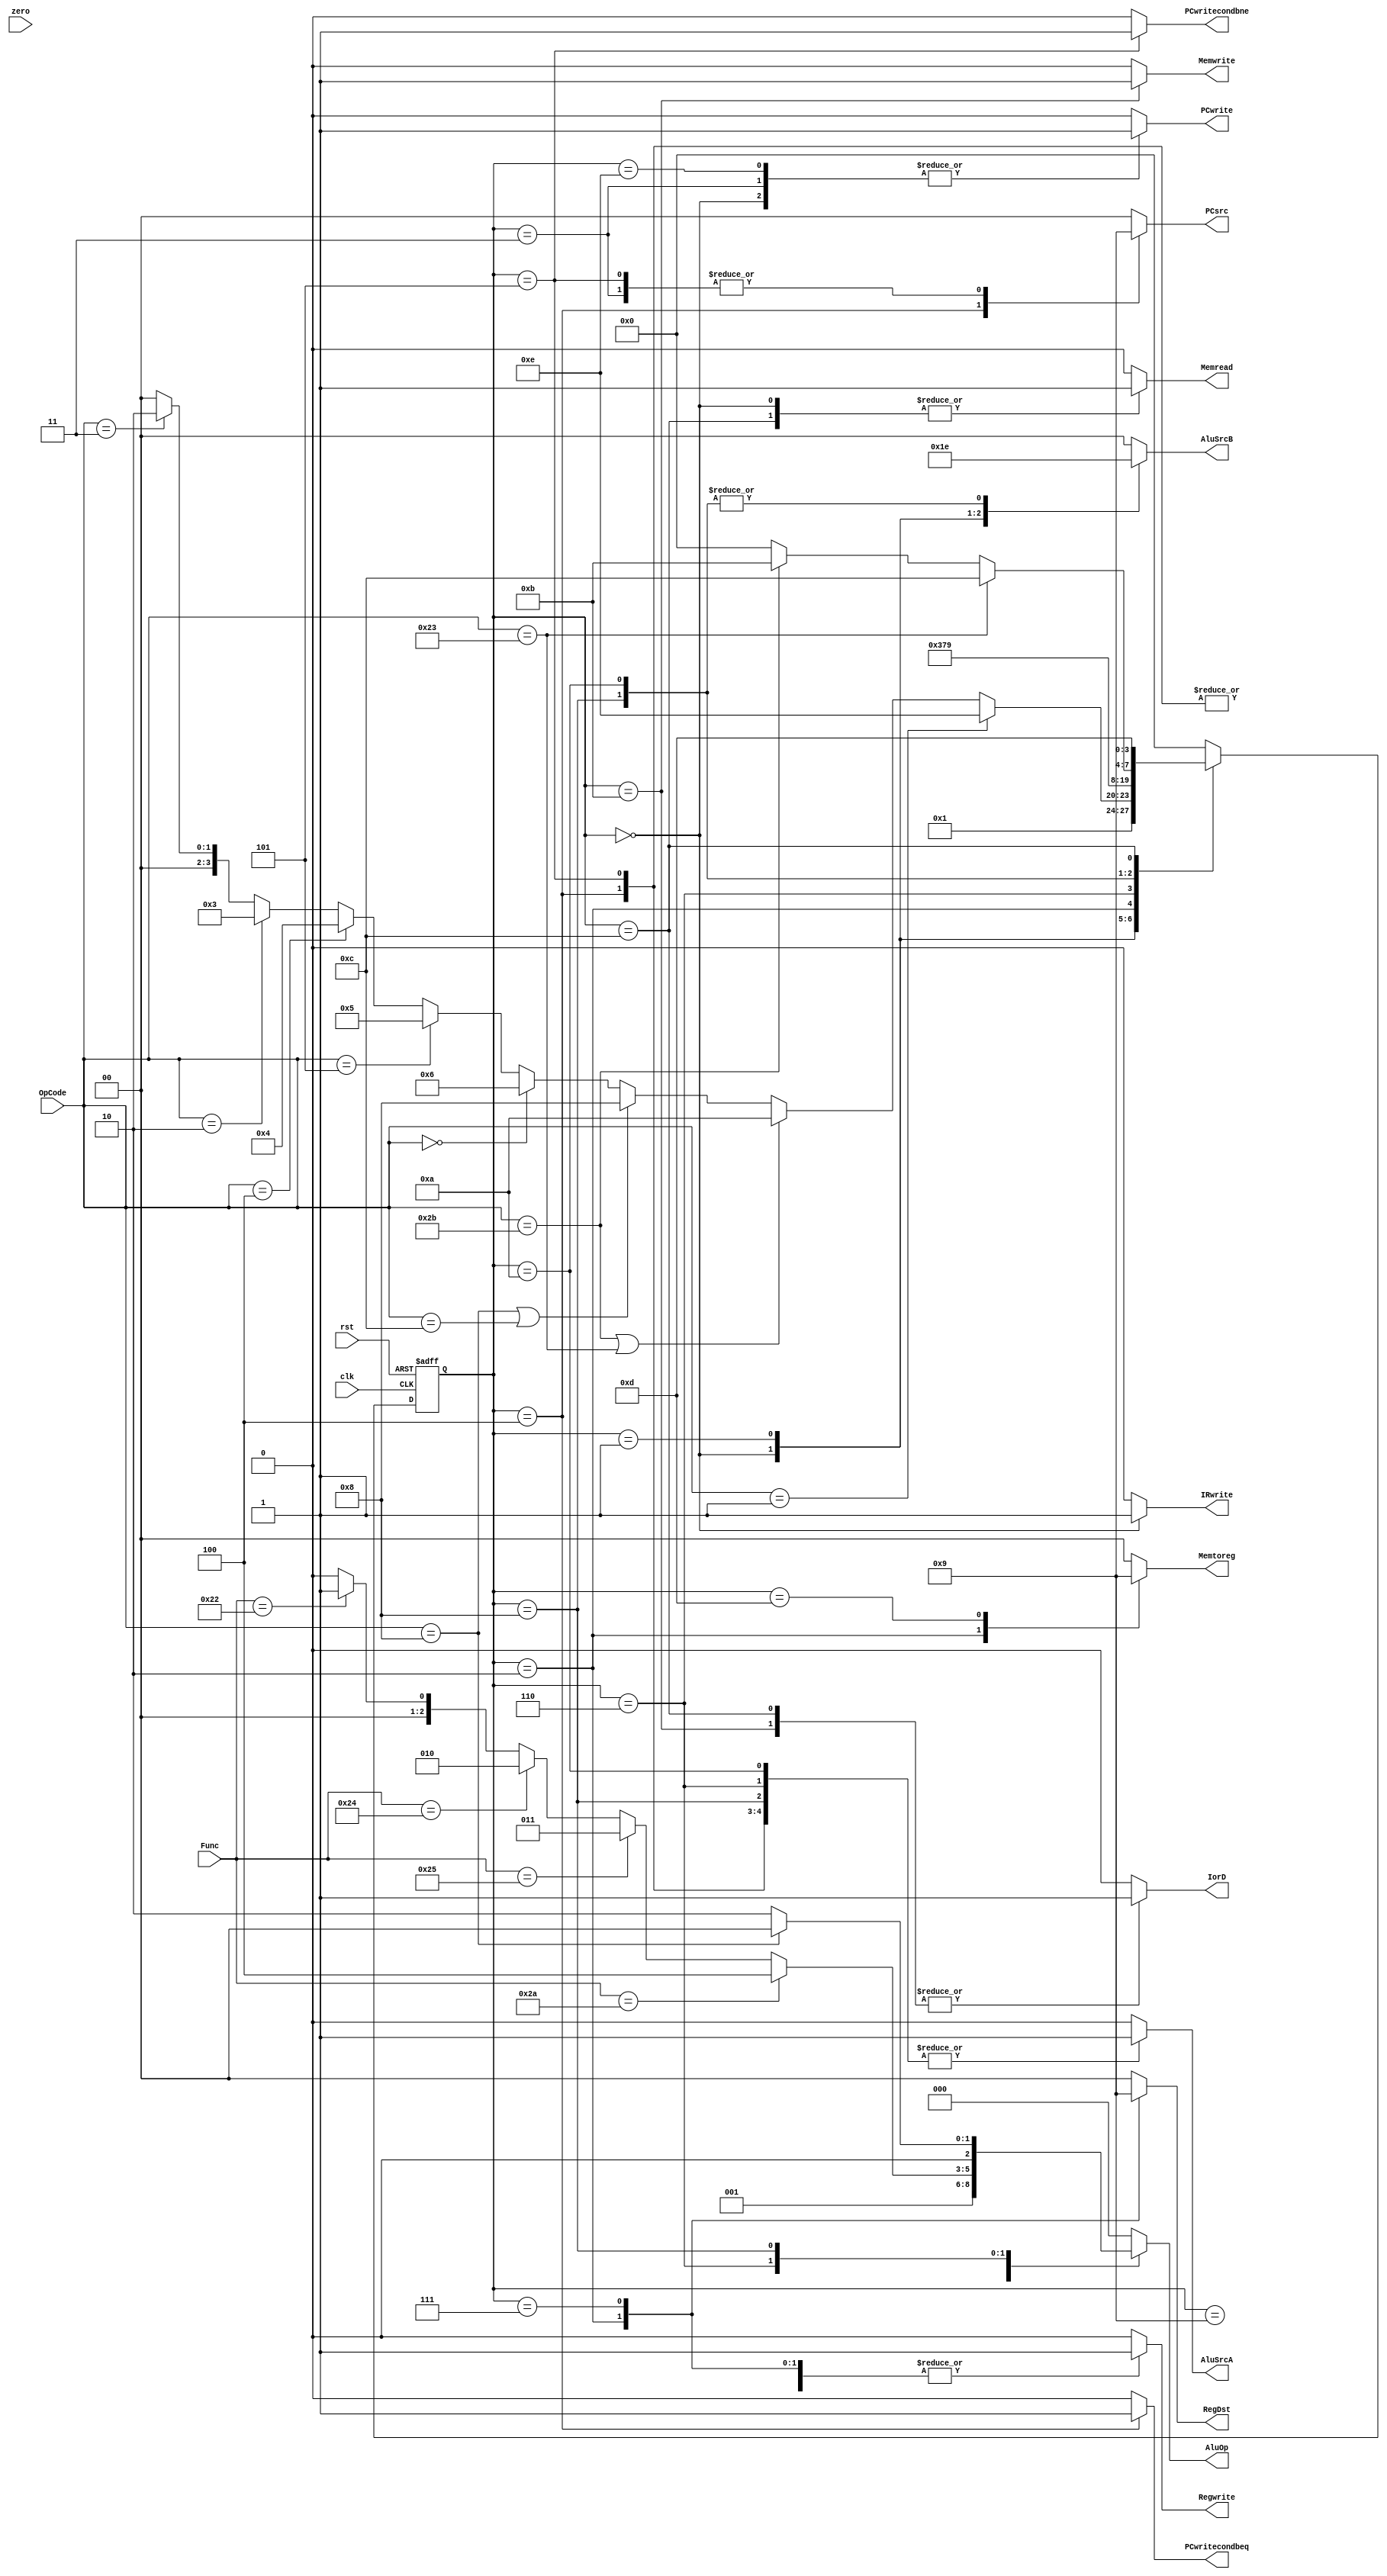
module controller(input[5:0] OpCode, Func, input clk, rst, zero, output reg[2:0] AluOp, output reg IorD, Memread, Memwrite, PCwritecondbeq, PCwritecondbne, IRwrite, AluSrcA, PCwrite, Regwrite,
                  output reg[1:0] AluSrcB, PCsrc, RegDst, Memtoreg);
  
  reg[3:0] ps, ns;
  always@(ps)begin
    ns = 4'b0;
    {AluOp, IorD, Memread, Memwrite, IRwrite, AluSrcA, PCwrite, Regwrite, AluSrcB, PCsrc, RegDst, Memtoreg, PCwritecondbeq, PCwritecondbne} = 20'b0;
    case(ps)
      /*IF*/
      4'b0000: begin
        ns = 4'b0001;
        {IorD, Memread, IRwrite, AluSrcA, AluSrcB, PCwrite, PCsrc, AluOp} = 12'b011001100000;
      end
      /*ID*/
      4'b0001: begin
        if(OpCode==6'b000011) ns = 4'b0010;
        if(OpCode==6'b000010) ns = 4'b0011;
        if(OpCode==6'b000100) ns = 4'b0100;
        if(OpCode==6'b000101) ns = 4'b0101;
        if(OpCode==6'b000000) ns = 4'b0110;
        if((OpCode==6'b001000) || (OpCode==6'b001100)) ns = 4'b1000;
        if((OpCode==6'b101011) || (OpCode==6'b100011)) ns = 4'b1010;
        if(OpCode==6'b000001) ns = 4'b1110;
        {AluSrcA, AluSrcB, AluOp} = 6'b011000;
      end 
      /*JAL*/
      4'b0010: begin
        {Regwrite, RegDst, Memtoreg} = 5'b11010;
        ns = 4'b0011;
      end
      /*J*/
      4'b0011: begin
        {PCwrite, PCsrc} = 3'b101;
        ns = 4'b0000;
      end
      /*BEQ*/
      4'b0100: begin
        {AluSrcA, AluSrcB, AluOp, PCsrc} = 8'b10000110;
        PCwritecondbeq = 1;
        ns = 4'b0000;
      end
      /*BNE*/
      4'b0101:begin
        {AluSrcA, AluSrcB, AluOp, PCsrc} = 8'b10000101;
        PCwritecondbne = 1;
        ns = 4'b0000;
      end
      /*R-Type Instructions*/
      4'b0110: begin
        {AluSrcA, AluSrcB} = 3'b100;
        if(Func==6'b100000) AluOp = 3'b000;
        if(Func==6'b100010) AluOp = 3'b001;
        if(Func==6'b100100) AluOp = 3'b010;
        if(Func==6'b100101) AluOp = 3'b011;
        if(Func==6'b101010) AluOp = 3'b100;
        ns = 4'b0111;
      end
      /*R-Type Pt.2*/
      4'b0111: begin
        {Memtoreg, Regwrite, RegDst} = 5'b00101;
        ns = 4'b0000;
      end
      /*Addi and Andi*/
      4'b1000: begin
        {AluSrcA, AluSrcB} = 3'b110;
        AluOp = (OpCode==6'b001000)?3'b000:3'b010;
        ns = 4'b1001;
      end
      /*Addi and Andi Pt.2*/
      4'b1001: begin
        {RegDst, Memtoreg, Regwrite} = 5'b00001;
        ns = 4'b0000;
      end
      /*LW/SW*/
      4'b1010: begin
        {AluSrcA, AluSrcB, AluOp} = 6'b110000;
        if (OpCode==6'b101011) ns = 4'b1011;
        if (OpCode==6'b100011) ns = 4'b1100;
      end
      /*SW*/
      4'b1011: begin
        {Memwrite, IorD} = 2'b11;
        ns = 4'b0000;
      end
      /*LW*/
      4'b1100: begin
        {Memread, IorD} = 2'b11;
        ns = 4'b1101;
      end
      /*LW Pt.2*/
      4'b1101: begin
        {Memtoreg, RegDst, Regwrite} = 5'b01001;
        ns = 4'b0000;
      end
      /*JR*/
      4'b1110: begin
        {AluSrcA, AluSrcB, PCsrc, PCwrite} = 6'b100001;
        ns = 4'b0000;
      end
    endcase
  end
  
  always@(posedge clk, posedge rst) begin
    if(rst) ps <= 4'b0000;
    else ps <= ns;
  end
  
endmodule